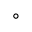
^ { ° }